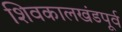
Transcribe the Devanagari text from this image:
शिवकालखंडपूर्व